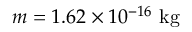
m = 1 . 6 2 \times 1 0 ^ { - 1 6 } ~ \mathrm { k g }